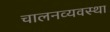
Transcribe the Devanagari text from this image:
चालनव्यवस्था